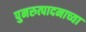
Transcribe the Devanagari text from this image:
पुनरुत्पादनाच्या